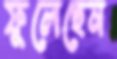
ফুলেছেন